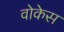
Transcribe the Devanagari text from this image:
वोकेस